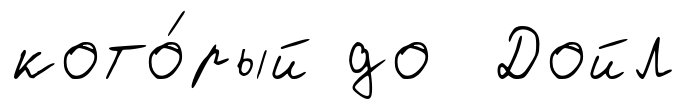
кото́рый до Дойл